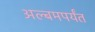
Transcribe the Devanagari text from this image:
अल्बमपर्यंत